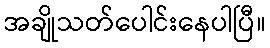
အချိုသတ်ပေါင်းနေပါပြီ။